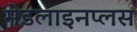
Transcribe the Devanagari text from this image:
मेडलाइनप्लस